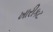
ખારીકટ